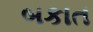
બકાત